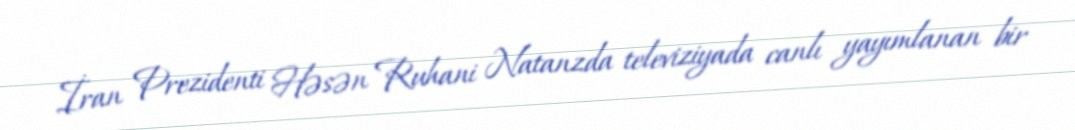
İran Prezidenti Həsən Ruhani Natanzda televiziyada canlı yayımlanan bir